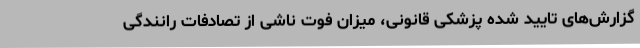
گزارش‌های تایید شده پزشکی قانونی، میزان فوت ‌ناشی از تصادفات رانندگی